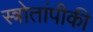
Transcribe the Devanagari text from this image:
स्त्रोतांपीकी